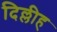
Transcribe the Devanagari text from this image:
दिल्लीह